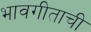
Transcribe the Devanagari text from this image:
भावगीताची